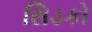
સિડકો